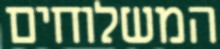
המשלוחים